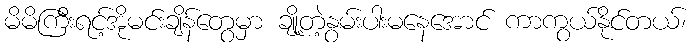
မိမိကြီးရင့်အိုမင်းချိန်တွေမှာ ချို့တဲ့နွမ်းပါးမနေအောင် ကာကွယ်နိုင်တယ်၊